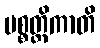
ပစ္စတ္ထိကာတိ